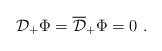
\begin{align*}{\cal D}_+ \Phi = \overline {\cal D}_+ \Phi = 0~.\end{align*}